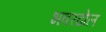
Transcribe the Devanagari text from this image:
भवरढोल